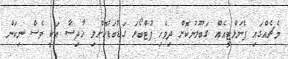
މެޗެއްގައި ޕެނަލްޓީއެއް ގަބޫލުނުކޮށް ދިވެހި ފުޓްބޯޅަ ގަޑުބަޑުކޮށްލި ހާދިސާ އަކީ ވެސް ނިކަން